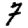
Digit: 7